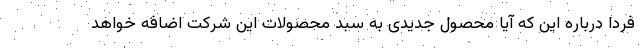
فردا درباره این که آیا محصول جدیدی به سبد محصولات این شرکت اضافه خواهد